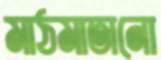
মাঠমাতানো